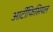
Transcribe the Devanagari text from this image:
आर्टीफिसियल